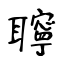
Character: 聹